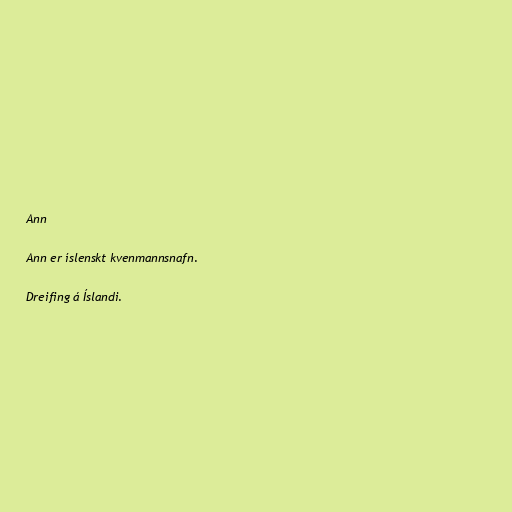
Ann

Ann er íslenskt kvenmannsnafn.

Dreifing á Íslandi.